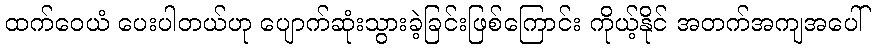
ထက်ဝေယံ ပေးပါတယ်ဟု ပျောက်ဆုံးသွားခဲ့ခြင်းဖြစ်ကြောင်း ကိုယ့်နိုင် အတက်အကျအပေါ်